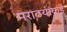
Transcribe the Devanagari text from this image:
मराठयांकडे